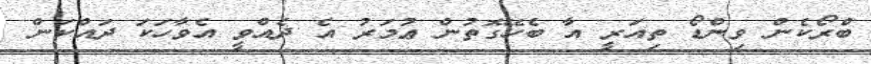
ބްރޯކެން ވިންޑޯ ތިއަރީ އާ ބެހޭގޮތުން ޢުމަރު އެ ދެއްވީ އެވާހަކަ ދައްކަން